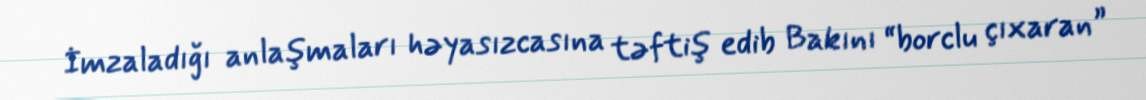
İmzaladığı anlaşmaları həyasızcasına təftiş edib Bakını “borclu çıxaran”